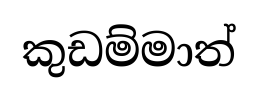
කුඩම්මාත්